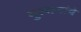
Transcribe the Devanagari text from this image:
गुलामांचे